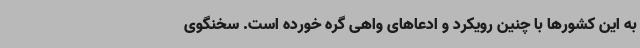
به این کشورها با چنین رویکرد و ادعاهای واهی گره خورده است. سخنگوی